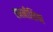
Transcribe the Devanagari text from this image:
एमनीशिया